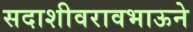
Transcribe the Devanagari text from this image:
सदाशीवरावभाऊने